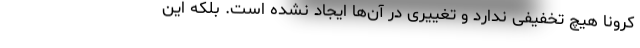
کرونا هیچ تخفیفی ندارد و تغییری در آن‌ها ایجاد نشده است. بلکه این